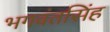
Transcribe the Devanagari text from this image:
भगवंतसिंह